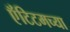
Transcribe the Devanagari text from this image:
ऍंटिटमच्या